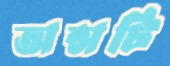
অন্সটি